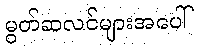
မွတ်ဆလင်များအပေါ်